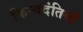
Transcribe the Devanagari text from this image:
किम्वदंतियाँ